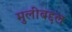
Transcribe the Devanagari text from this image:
मुलींबद्दल